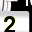
Digit: 2